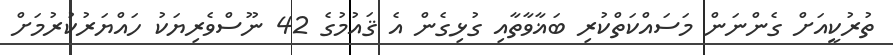
ތުރުކީއަށް ގެންނަން މަސައްކަތްކުރި ބަޣާވާތާއި ގުޅިގެން އެ ޤައުމުގެ 42 ނޫސްވެރިޔަކު ހައްޔަރުކުރުމަށް